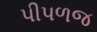
પીપળજ